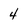
Character: 4